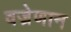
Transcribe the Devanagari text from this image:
वज्रेणान